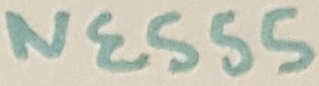
Text: NE555